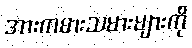
အားကစားသမားများကို